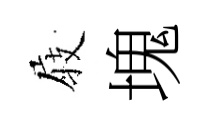
𡲆塊